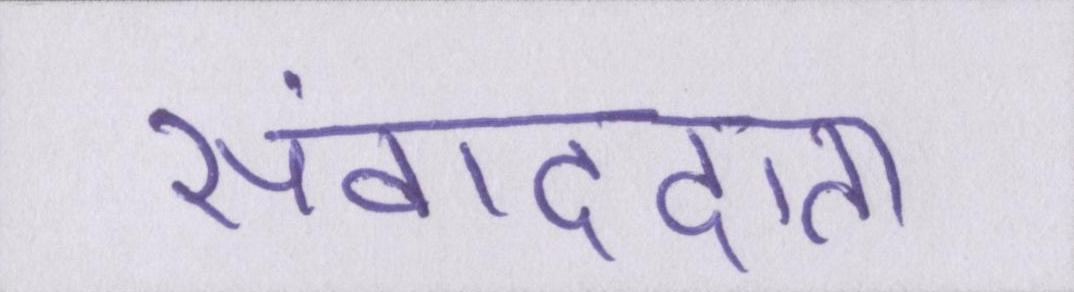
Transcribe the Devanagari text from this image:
संवाददाता